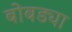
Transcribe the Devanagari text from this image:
बोबड्या